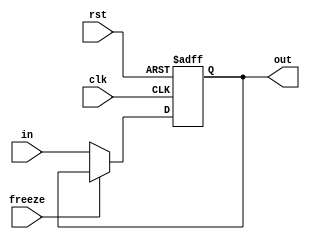
module Register #(parameter  BIT_NUMBER = 32)
  (input [BIT_NUMBER-1:0] in, input freeze, clk, rst, output reg [BIT_NUMBER-1:0] out);
  always @ (posedge clk, posedge rst) begin
    if (rst)
      out <= 0;
    else if (freeze == 0) begin
      out <= in;
    end
  end
endmodule